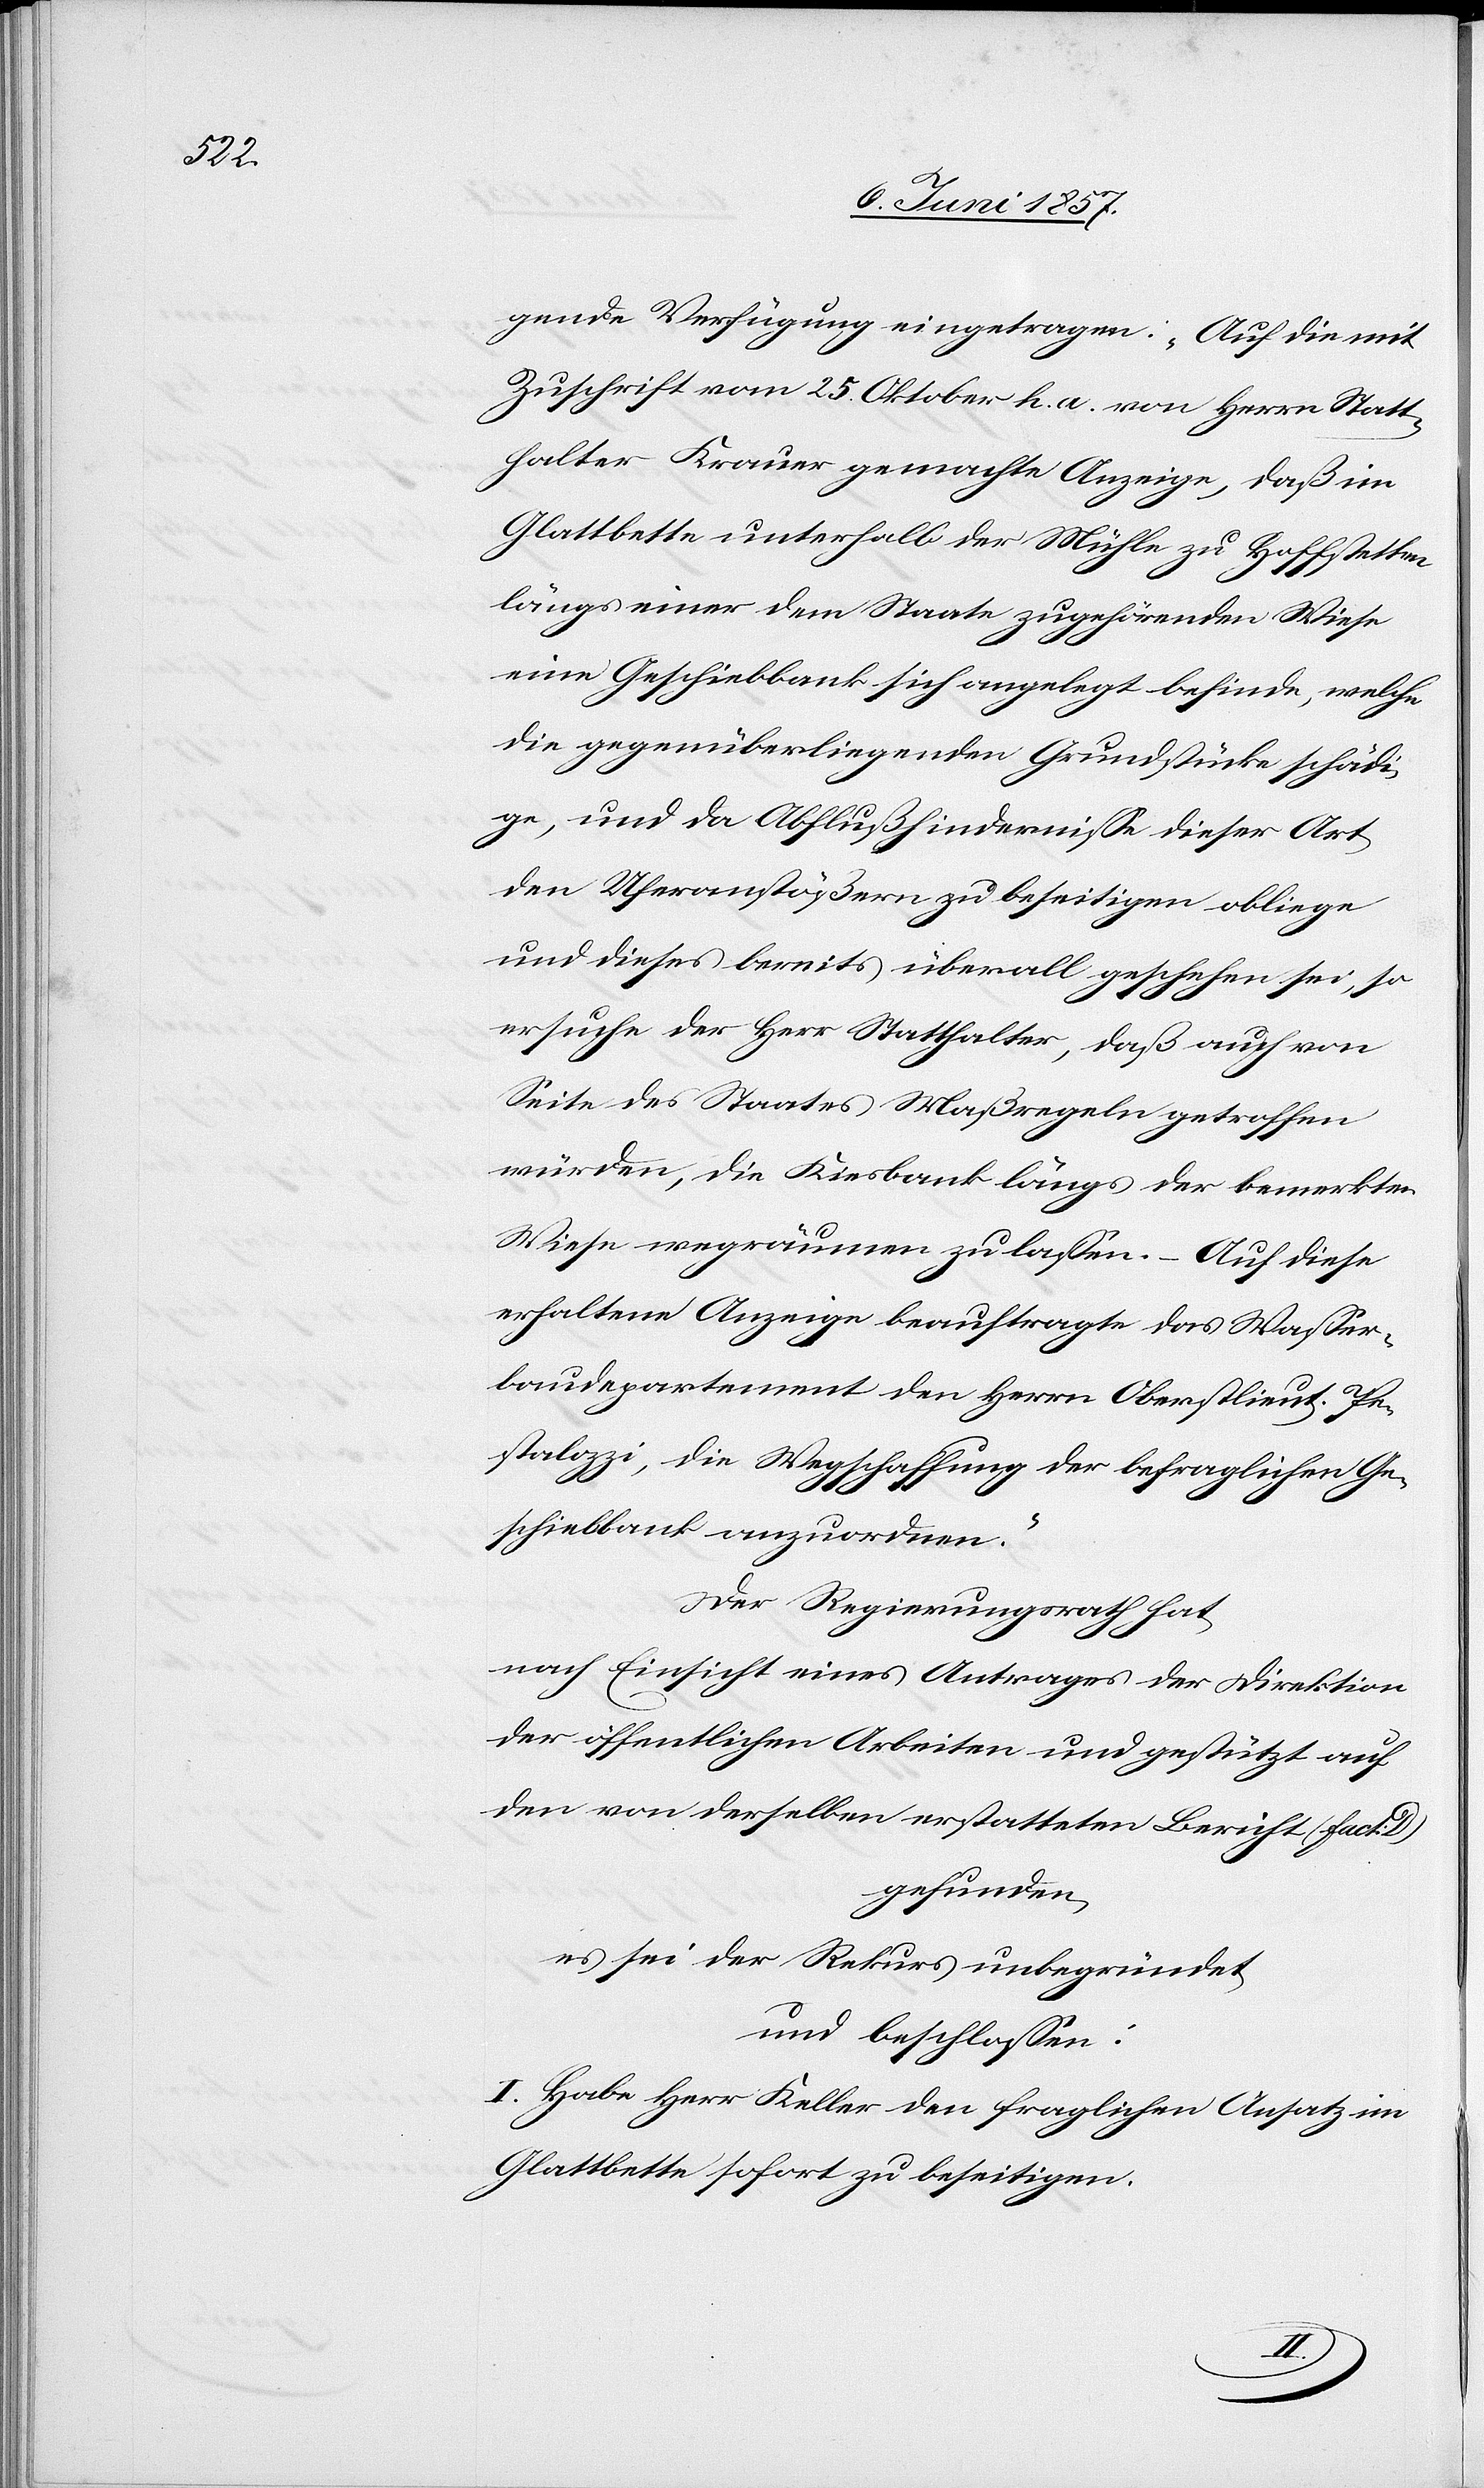
gende Verfügung eingetragen: „Auf die mit
Zuschrift vom 25 Oktober h. a. von Herrn Statt¬
halter Krauer gemachte Anzeige, daß im
Glattbette unterhalb der Mühle zu Hofstetten
längs einer dem Staate zugehörenden Wiese
eine Geschiebebank sich angelegt befinde, welche
die gegenüberliegenden Grundstücke schädi¬
ge, und da Abflußhindernisse dieser Art
den Uferanstößern zu beseitigen obliege
und dieses bereits überall geschehen sei, so
ersuche der Herr Statthalter, daß auch von
Seite des Staates Maßregeln getroffen
würden, die Kiesbank längs der bemerkten
Wiese wegräumen zu laßen. – Auf diese
erhaltene Anzeige beauftragte das Wasser¬
baudepartement den Herrn Oberstlieut. Pe¬
stalozzi, die Wegschaffung der befraglichen Ge¬
schiebebank anzuordnen.“
Der Regierungsrath hat,
nach Einsicht eines Antrages der Direktion
der öffentlichen Arbeiten und gestützt auf
den von derselben erstatteten Bericht (fact:
gefunden,
es sei der Rekurs unbegründet
und beschlossen:
I. Habe Herr Keller den fraglichen Ansatz im
Glattbette sofort zu beseitigen.